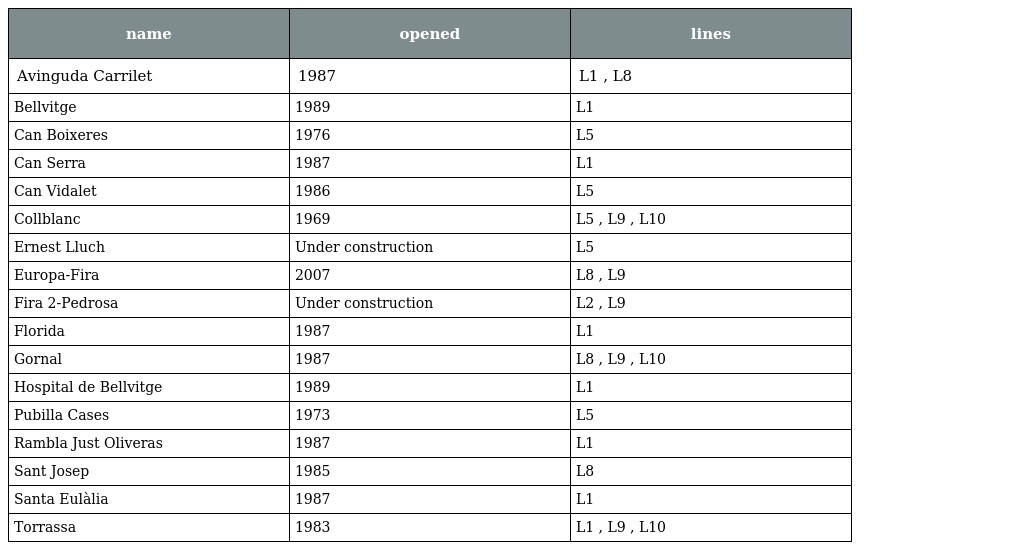
| name | opened | lines |
 | --- | --- | --- |
 | Avinguda Carrilet | 1987 | L1 , L8 |
 | Bellvitge | 1989 | L1 |
 | Can Boixeres | 1976 | L5 |
 | Can Serra | 1987 | L1 |
 | Can Vidalet | 1986 | L5 |
 | Collblanc | 1969 | L5 , L9 , L10 |
 | Ernest Lluch | Under construction | L5 |
 | Europa-Fira | 2007 | L8 , L9 |
 | Fira 2-Pedrosa | Under construction | L2 , L9 |
 | Florida | 1987 | L1 |
 | Gornal | 1987 | L8 , L9 , L10 |
 | Hospital de Bellvitge | 1989 | L1 |
 | Pubilla Cases | 1973 | L5 |
 | Rambla Just Oliveras | 1987 | L1 |
 | Sant Josep | 1985 | L8 |
 | Santa Eulàlia | 1987 | L1 |
 | Torrassa | 1983 | L1 , L9 , L10 |